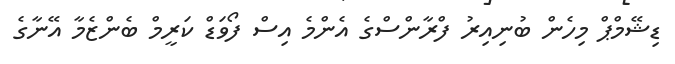
ޑިޝޭމްޕް މިހެން ބުނިއިރު ފްރާންސްގެ އެންމެ އިސް ފޯވަޑް ކަރީމް ބެންޒެމާ އޭނާގެ